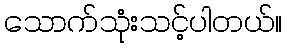
သောက်သုံးသင့်ပါတယ်။